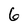
Character: 6